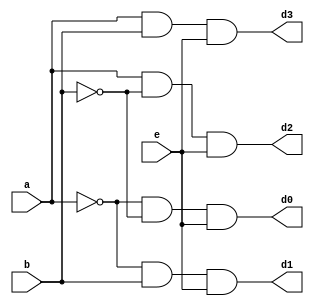
`timescale 1ns / 1ps
//////////////////////////////////////////////////////////////////////////////////
// Company: 
// Engineer: 
// 
// Design Name: 
// Module Name:    decoderstruct 
// Project Name: 
// Target Devices: 
// Tool versions: 
// Description: 
//
// Dependencies: 
//
// Revision: 
// Revision 0.01 - File Created
// Additional Comments: 
//
//////////////////////////////////////////////////////////////////////////////////
module decoderstruct(a,b,e,d0,d1,d2,d3);
input a,b,e;
output  d0,d1,d2,d3;
wire p0,p1,p2,p3,p4,p5;
not n1(p0,a);
not n2(p1,b);
and a1(p2,p0,p1);
and a2(p3,p0,b);
and a3(p4,a,p1);
and a4(p5,a,b);
and a5(d0,p2,e);
and a6(d1,p3,e);
and a7(d2,p4,e);
and a8(d3,p5,e);
endmodule